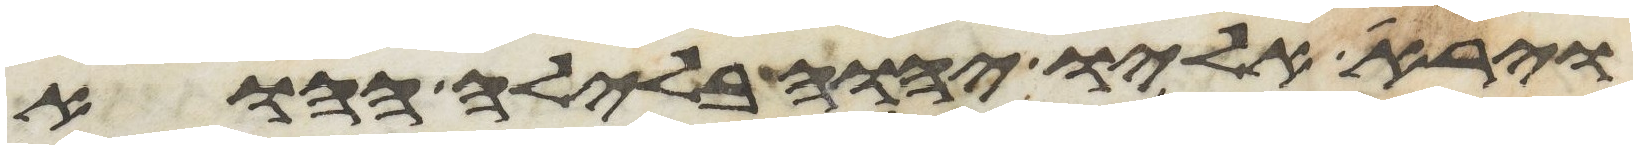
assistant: וירא אליו יהוה בלילה ההוא